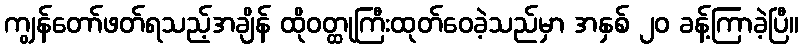
ကျွန်တော်ဖတ်ရသည့်အချိန် ထိုဝတ္ထုကြီးထုတ်ဝေခဲ့သည်မှာ အနှစ် ၂၀ ခန့်ကြာခဲ့ပြီ။